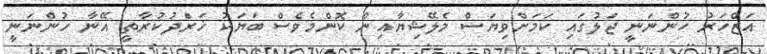
އަޒްހަރު ހުންނަނީ ޖަލުގައި ކަމަށްވިޔަސް މެލޭޝިޔާއިން ކޮންމެވެސް ބަޔަކު ޚަރަްދުކުރާތީ އޭނާ ހުންނަނީ